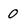
Character: 0